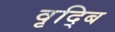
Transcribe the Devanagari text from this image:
वृद्बि